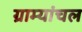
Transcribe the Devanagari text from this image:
ग्राम्यांचल